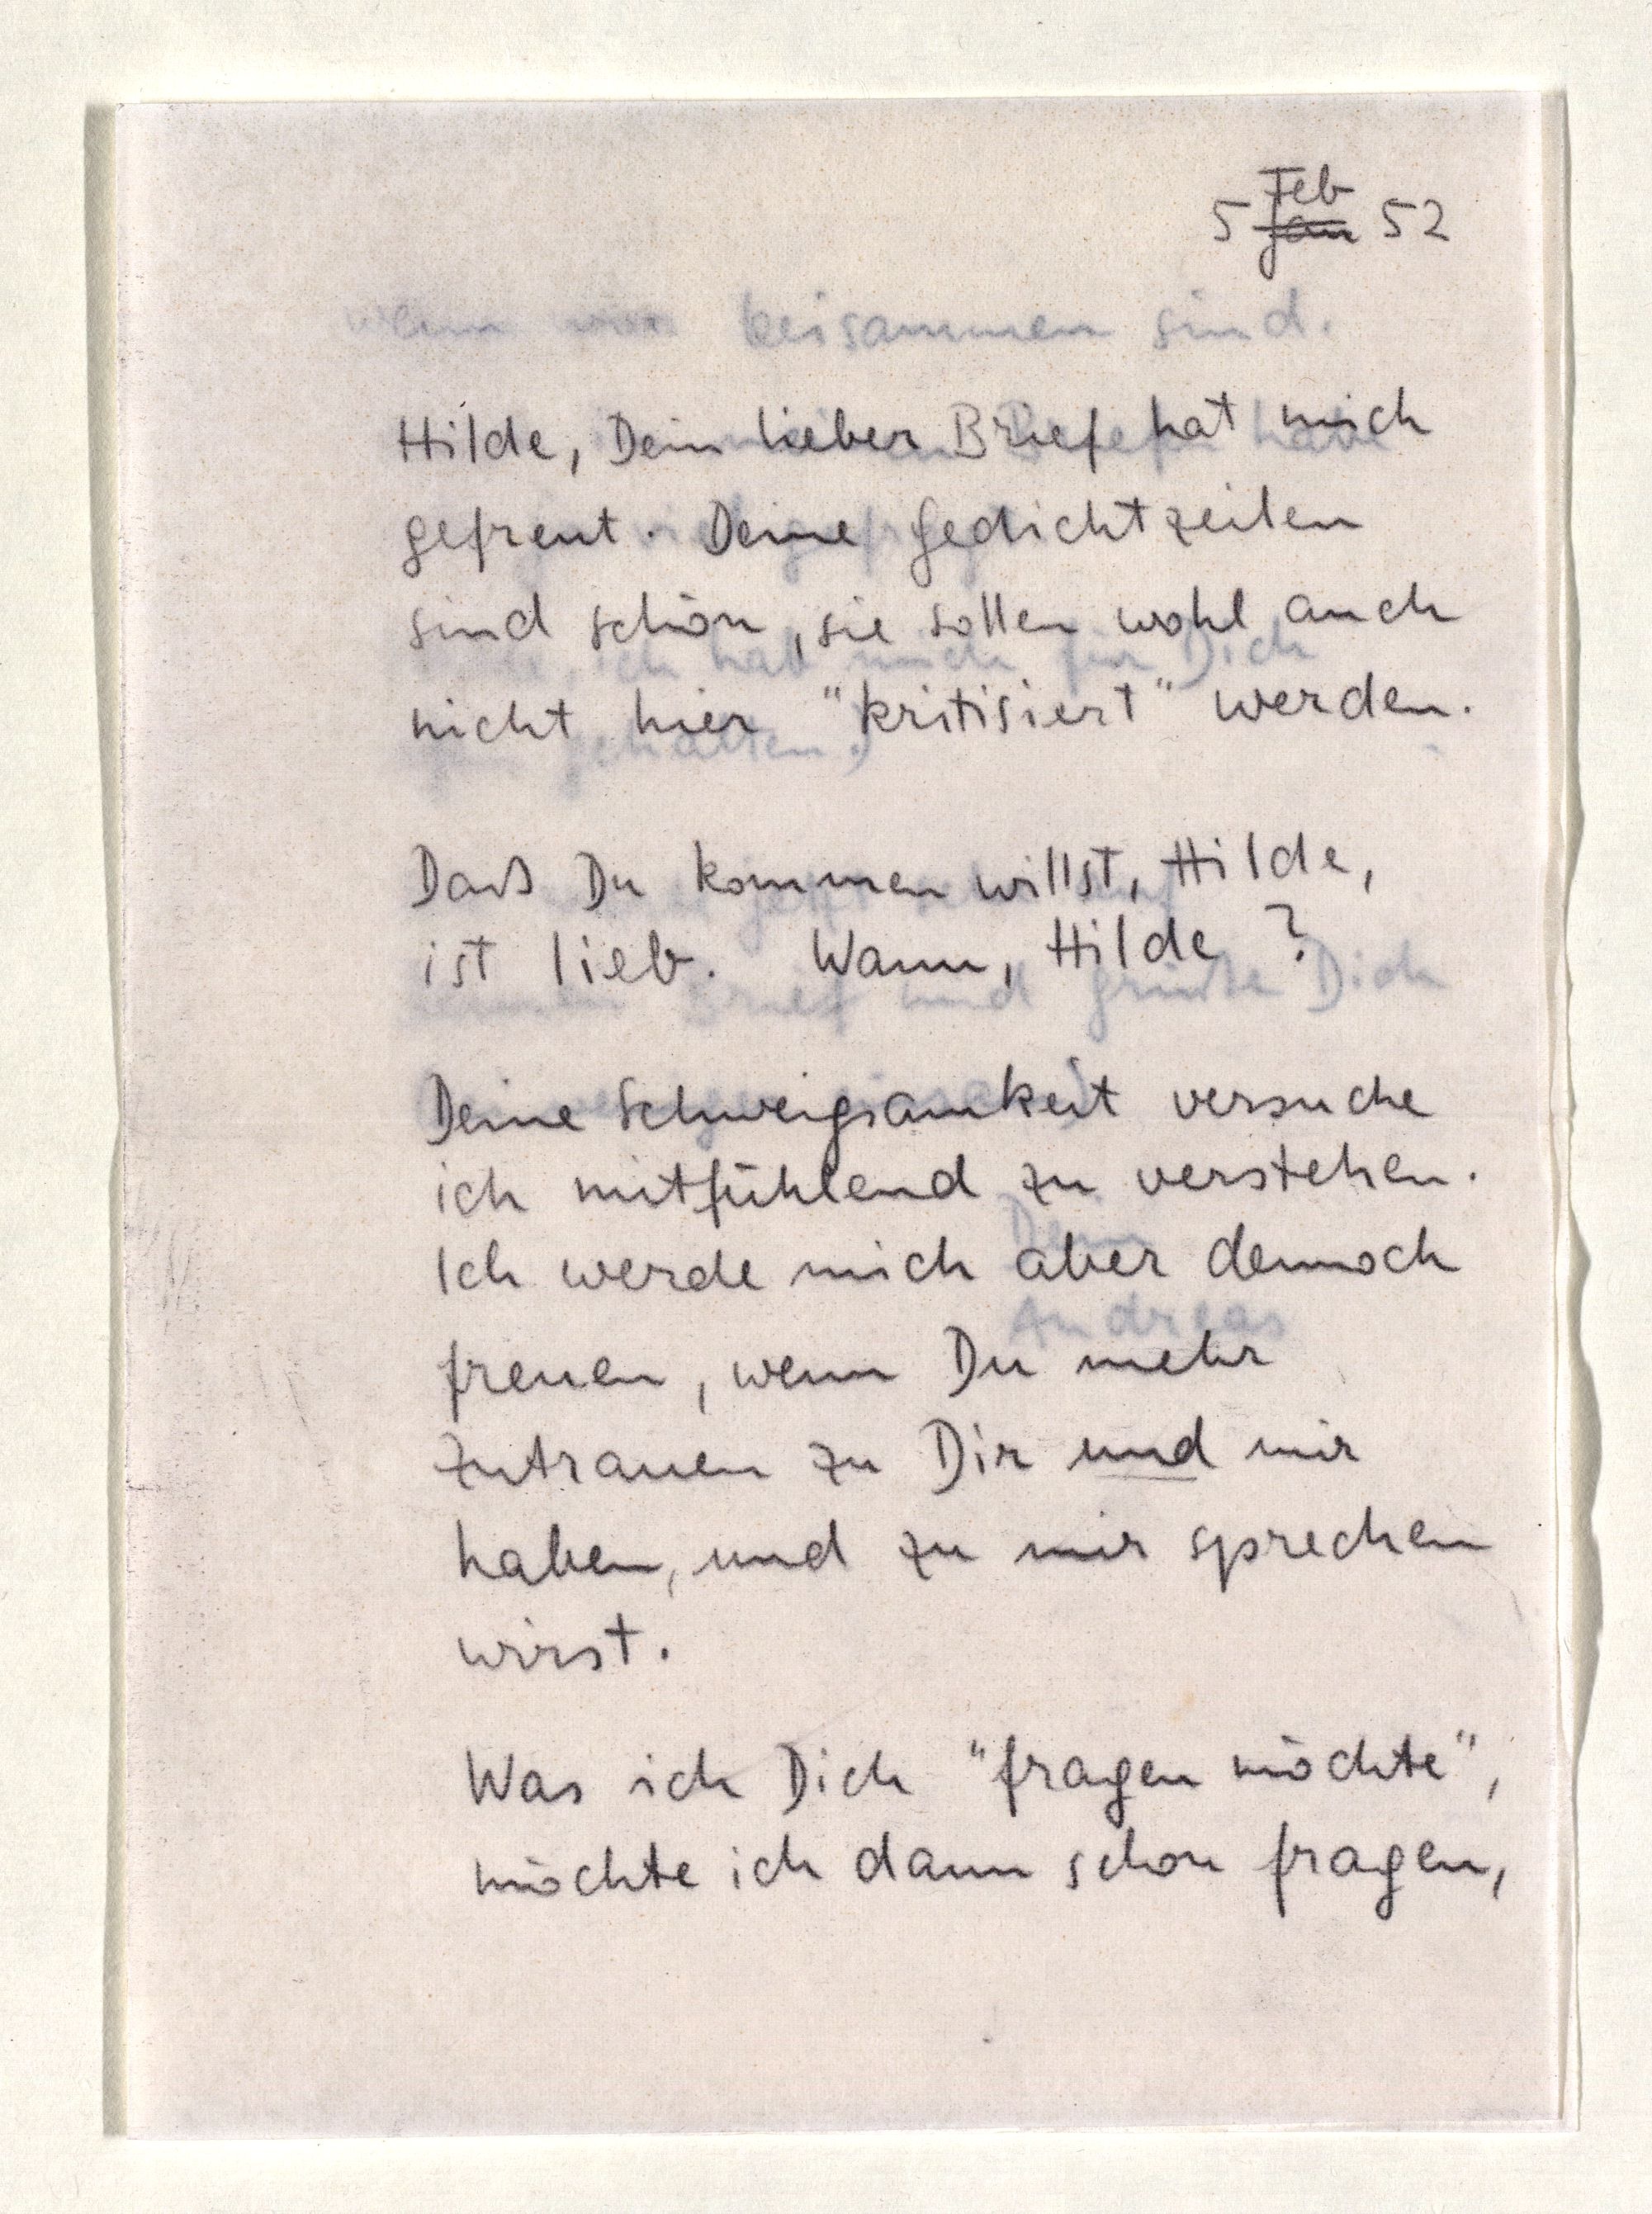
Feb
5 Jan 52
Hilde, Dein lieber Brief hat mich
gefreut. Deine Gedichtzeilen
sind schön, sie sollen wohl auch
nicht hier "kritisiert" werden.
Daß Du kommen willst, Hilde,
ist lieb. Wann, Hilde?
Deine Schweigsamkeit versuche
ich mitfühlend zu verstehen.
Ich werde mich aber dennoch
freuen, wenn Du mehr
Zutrauen zu Dir und mir
haben, und zu mir sprechen
wirst.
Was ich Dich "fragen möchte",
möchte ich dann schon fragen,